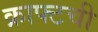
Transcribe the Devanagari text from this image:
क्राफ्टची